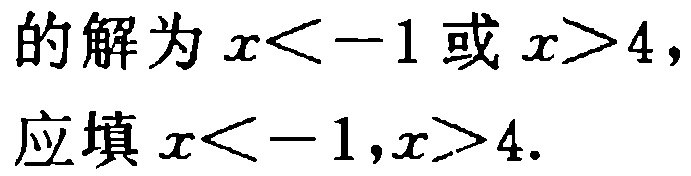
的解为\(x < -1\)或\(x > 4\)，
应填\(x < -1,x > 4\).